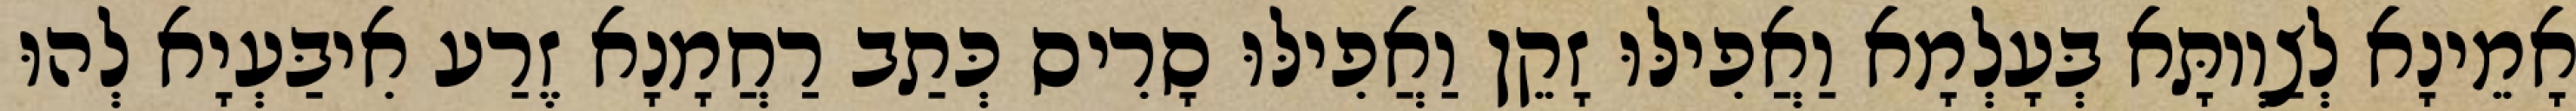
אָמֵינָא לְצַוְותָּא בְּעָלְמָא וַאֲפִילּוּ זָקֵן וַאֲפִילּוּ סָרִיס כְּתַב רַחֲמָנָא זֶרַע אִיבַּעְיָא לְהוּ